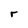
Character: r